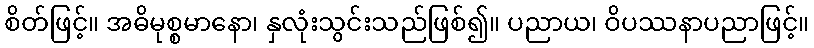
စိတ်ဖြင့်။ အဓိမုစ္စမာနော၊ နှလုံးသွင်းသည်ဖြစ်၍။ ပညာယ၊ ဝိပဿနာပညာဖြင့်။